Annual report of the Punjab Veterinary College and of the Civil Veterinary Department, Punjab - 1926-1932
Year: 1926
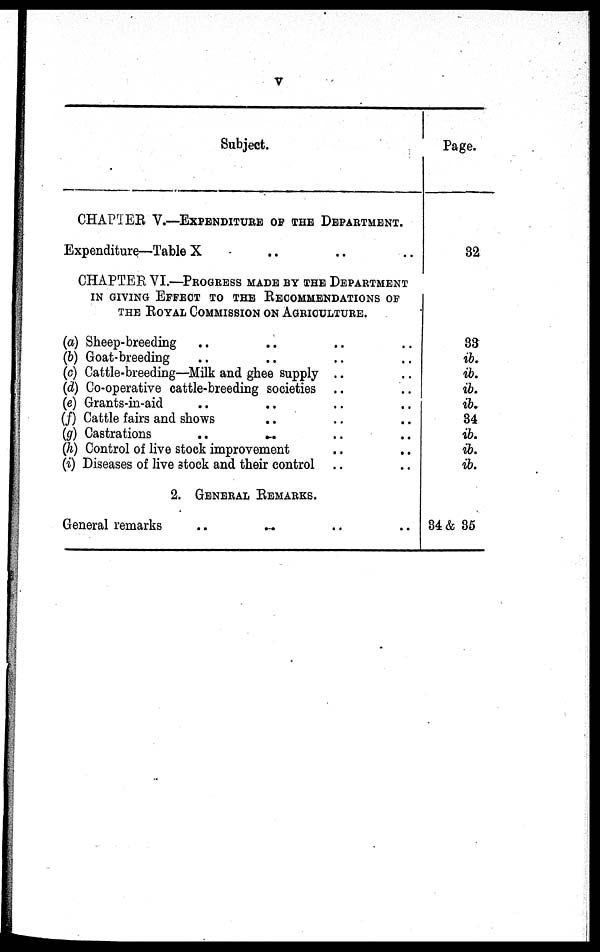
V
Subject.
CHAPTER V.—EXPENDITURE OF THE DEPARTMENT.
Expenditure—Table X .. .. .. ..
CHAPTER VI.—PROGRESS MADE BY THE DEPARTMENT
IN GIVING EFFECT TO THE RECOMMENDATION OF
THE ROYAL COMMISSION ON AGRICULTURE.
(a) Sheep-breeding .. .. .. .. .. ..
(b) Goat-breeding .. .. .. .. ..
(c) Cattle-breeding—Milk and ghee supply ..
(d) Co-operative cattle-breeding societies .. .. ..
(e) Grants-in-aid .. .. .. ..
(f) Cattle fairs and shows .. .. .. ..
(g) Castrations
..
..
..
..
(h) Control of live stock improvement .. ..
(i) Diseases of live stock and their control .. ..
2. GENERAL REMARKS.
General remarks .. .. .. .. ..
Page.
32
33
ib.
ib.
ib.
ib.
34
ib.
ib.
ib.
34 & 35